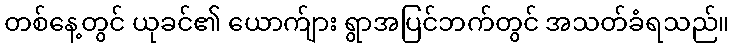
တစ်နေ့တွင် ယုခင်၏ ယောက်ျား ရွာအပြင်ဘက်တွင် အသတ်ခံရသည်။